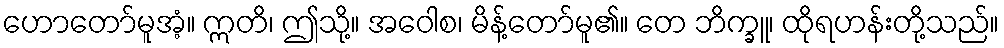
ဟောတော်မူအံ့။ ဣတိ၊ ဤသို့။ အဝေါစ၊ မိန့်တော်မူ၏။ တေ ဘိက္ခူ၊ ထိုရဟန်းတို့သည်။